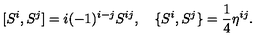
[ S ^ { i } , S ^ { j } ] = i ( - 1 ) ^ { i - j } S ^ { i j } , \quad \{ S ^ { i } , S ^ { j } \} = \frac { 1 } { 4 } \eta ^ { i j } .